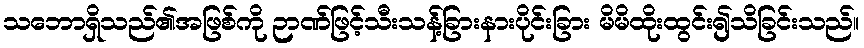
သဘောရှိသည်၏အဖြစ်ကို ဉာဏ်ဖြင့်သီးသန့်ခြားနားပိုင်းခြား မိမိထိုးထွင်း၍သိခြင်းသည်။